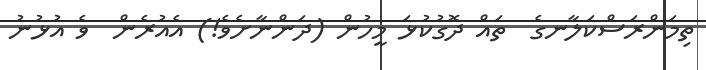
ތިމަންރަސްކަލާނގެ  ތައް ދޮގުކުޅަ މީހުން (ދަންނާށެވެ!) އެއުރެން  ވެ އުޅުނު